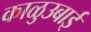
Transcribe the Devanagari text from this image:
काळुउबाई